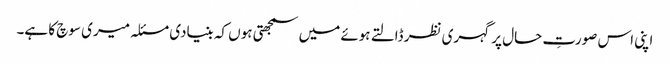
اپنی اس صورتِ حال پر گہری نظر ڈالتے ہوئے میں سمجھتی ہوں کہ بنیادی مسئلہ میری سوچ کا ہے۔